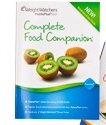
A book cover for Weight Watchers 2012 Complete Food Companion Brand New Points Plus; Health, Fitness & Dieting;